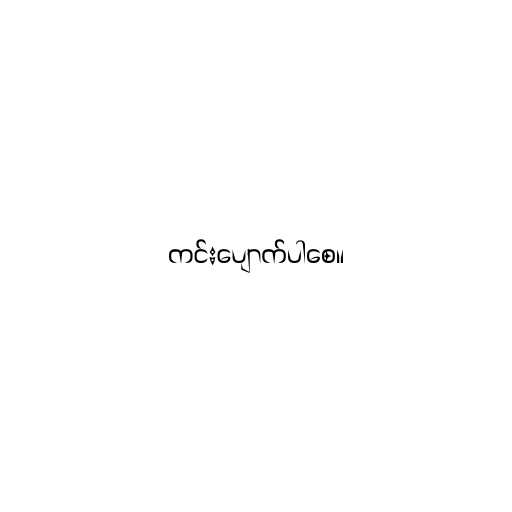
ကင်းပျောက်ပါစေ။